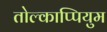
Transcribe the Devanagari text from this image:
तोल्काप्पियुम